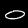
Digit: 0